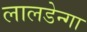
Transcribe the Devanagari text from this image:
लालडेन्गा